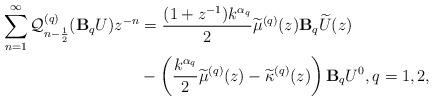
LaTeX: \begin{align*} \sum\limits_{n=1}^{\infty} \mathcal{Q}_{n-\frac{1}{2}}^{(q)}(\mathbf{B}_qU) z^{-n}& = \frac{(1+z^{-1})k^{\alpha_q}}{2} \widetilde{\mu}^{(q)}(z) \mathbf{B}_q\widetilde{U}(z) \\ & - \left(\frac{k^{\alpha_q} }{2} \widetilde{\mu}^{(q)}(z) - \widetilde{\kappa}^{(q)}(z) \right) \mathbf{B}_qU^0, q=1,2, \end{align*}